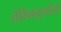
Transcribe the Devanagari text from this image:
लेकिनव्युत्पत्तियों